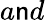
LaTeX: a\mathsf{n}d